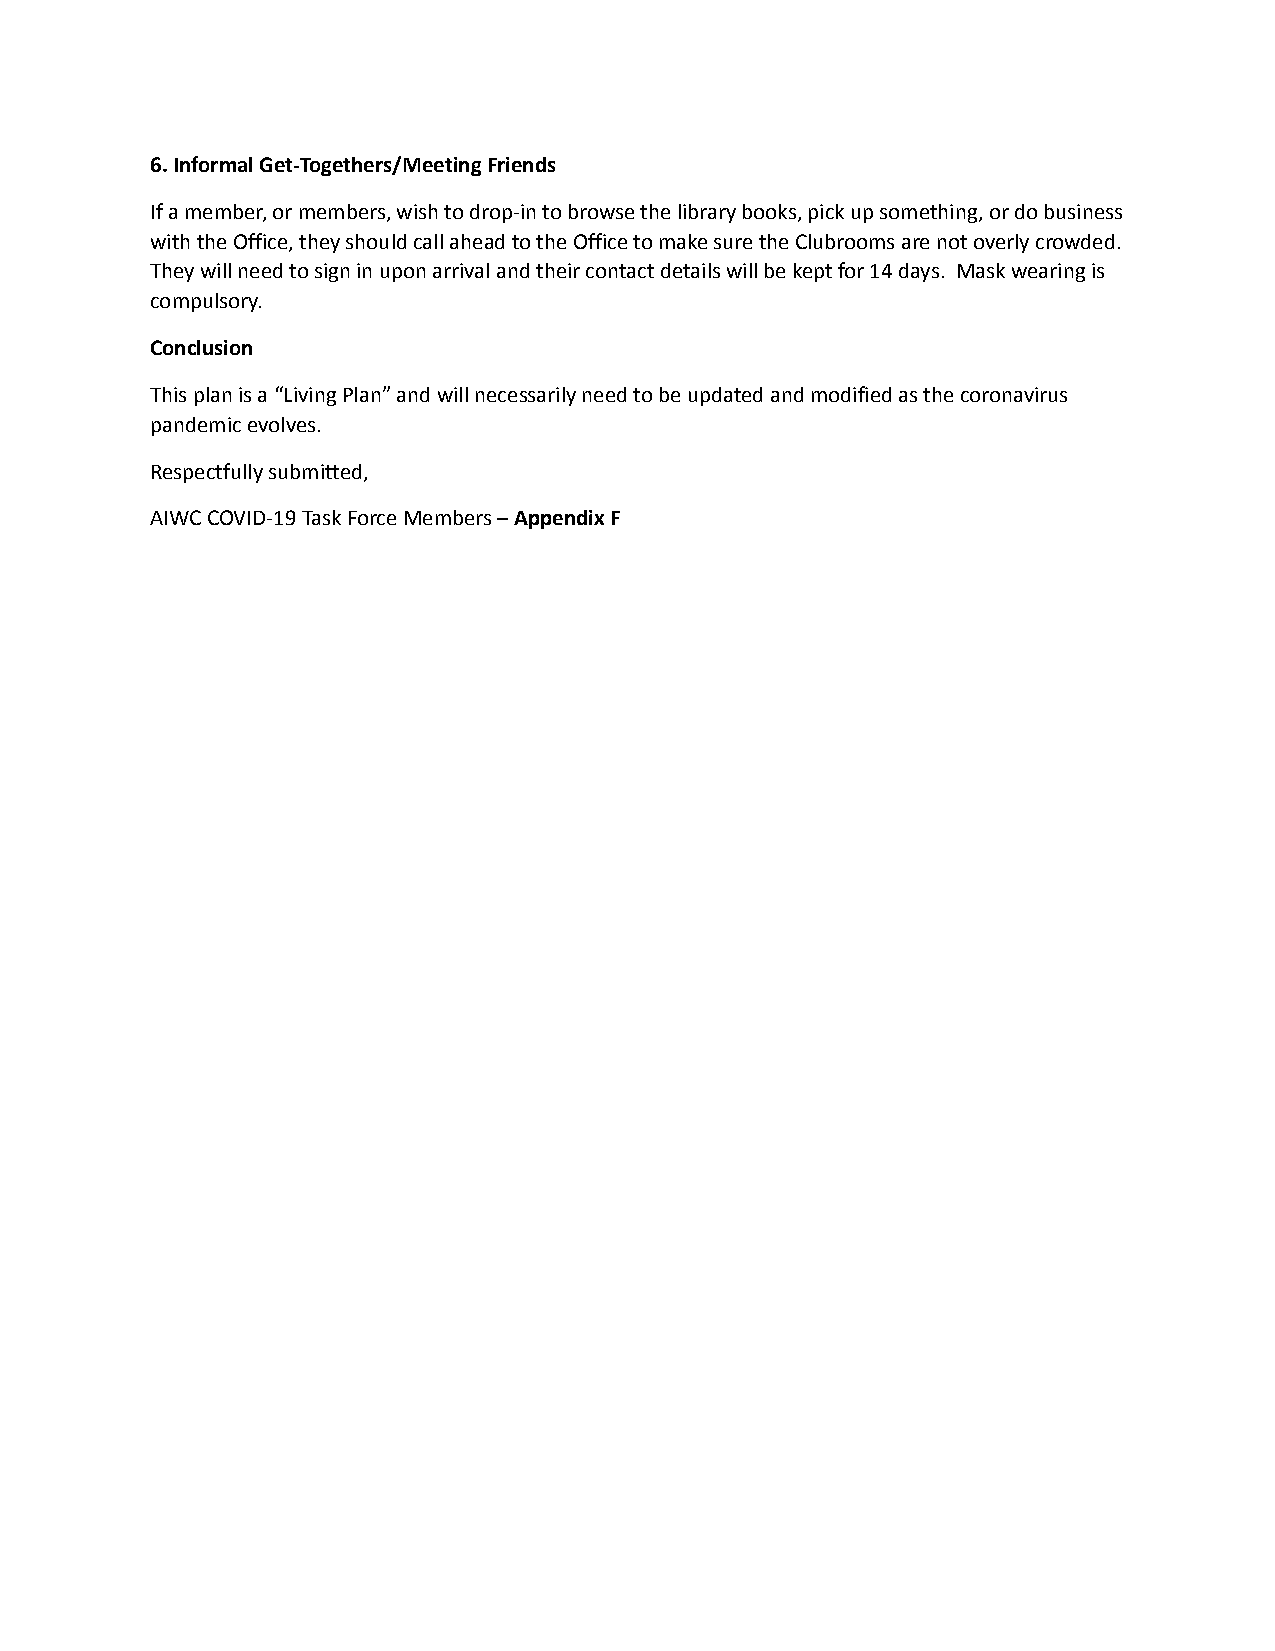
6. Informal Get-Togethers/Meeting Friends
 If a member, or members, wish to drop-in to browse the library books, pick up something, or do business
 with the Office, they should call ahead to the Office to make sure the Clubrooms are not overly crowded.
 They will need to sign in upon arrival and their contact details will be kept for 14 days. Mask wearing is
 compulsory.
 Conclusion
 This plan is a “Living Plan” and will necessarily need to be updated and modified as the coronavirus
 pandemic evolves.
 Respectfully submitted,
 AIWC COVID-19 Task Force Members –Appendix F